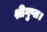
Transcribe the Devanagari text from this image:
श्रीगुप्त।